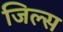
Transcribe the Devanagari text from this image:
जिल्स